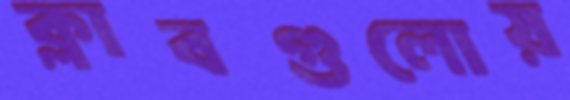
ক্লাবগুলোয়